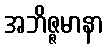
အဘိဇ္ဇမာနာ